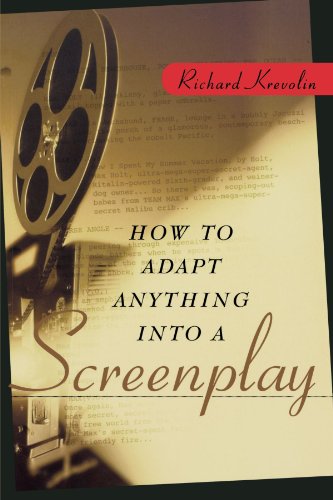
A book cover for How to Adapt Anything into a Screenplay; Richard Krevolin; Humor & Entertainment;